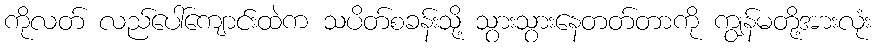
ကိုလတ် လည်ပေါ်ကျောင်းထဲက သပိတ်စခန်းသို့ သွားသွားနေတတ်တာကို ကျွန်မတို့အားလုံး